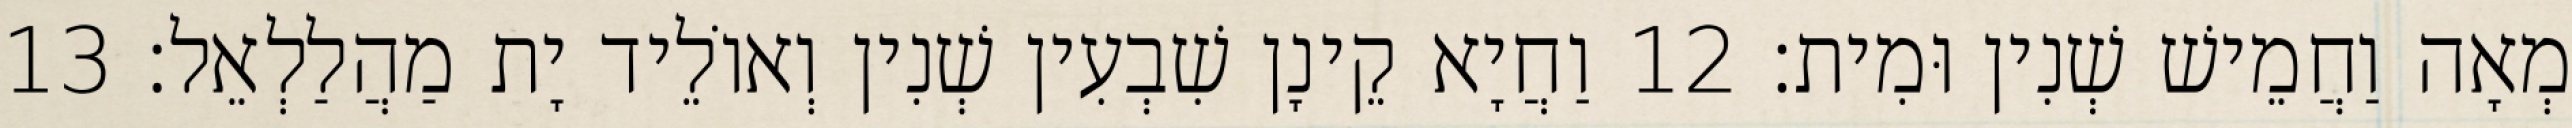
מְאָה וַחֲמֵישׁ שְׁנִין וּמִית׃ 12 וַחֲיָא קֵינָן שִׁבְעִין שְׁנִין וְאוֹלֵיד יָת מַהֲלַלְאֵל׃ 13